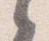
之